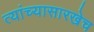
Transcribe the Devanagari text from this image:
त्यांच्यासारखेच